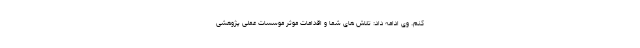
کنم. وی ادامه داد: تلاش های شما و اقدامات موثر موسسات عملی پژوهشی